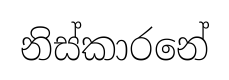
නිස්කාරනේ